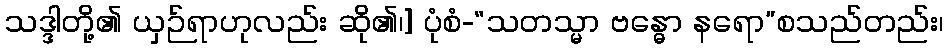
သဒ္ဒါတို့၏ ယှဉ်ရာဟုလည်း ဆို၏၊] ပုံစံ-“သတသ္မာ ဗန္ဓော နရော”စသည်တည်း၊